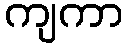
ကျကာ